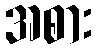
အစား